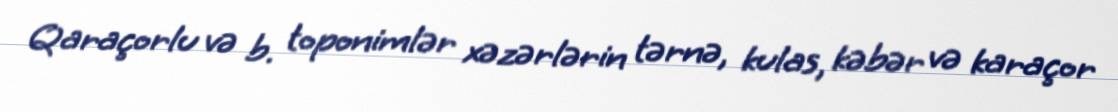
Qaraçorlu və b. toponimlər xəzərlərin tərnə, kulas, kəbər və karaçor